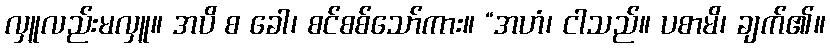
လှူလည်းမလှူ။ အပိ စ ခေါ၊ စင်စစ်သော်ကား။ “အဟံ၊ ငါသည်။ ပစာမိ၊ ချက်၏။